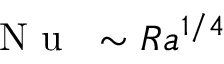
\mathrm { ~ \textit ~ { ~ N ~ u ~ } ~ } \sim R a ^ { 1 / 4 }